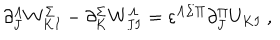
\partial _ { J } ^ { \Lambda } W _ { K I } ^ { \Sigma } - \partial _ { K } ^ { \Sigma } W _ { J I } ^ { \Lambda } = \varepsilon ^ { \Lambda \Sigma \Pi } \partial _ { J } ^ { \Pi } U _ { K I } \ ,